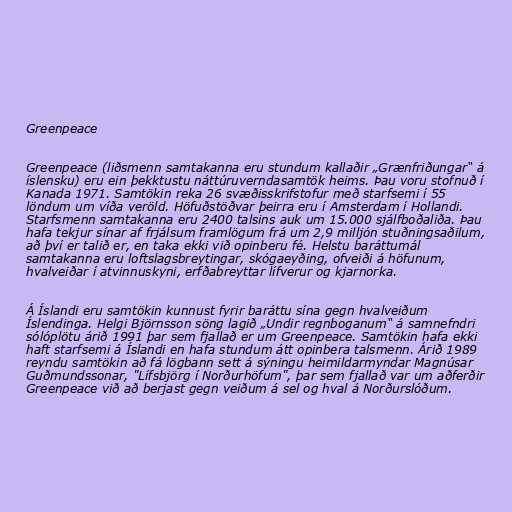
Greenpeace

Greenpeace (liðsmenn samtakanna eru stundum kallaðir „Grænfriðungar“ á
íslensku) eru ein þekktustu náttúruverndasamtök heims. Þau voru stofnuð í
Kanada 1971. Samtökin reka 26 svæðisskrifstofur með starfsemi í 55
löndum um víða veröld. Höfuðstöðvar þeirra eru í Amsterdam í Hollandi.
Starfsmenn samtakanna eru 2400 talsins auk um 15.000 sjálfboðaliða. Þau
hafa tekjur sínar af frjálsum framlögum frá um 2,9 milljón stuðningsaðilum,
að því er talið er, en taka ekki við opinberu fé. Helstu baráttumál
samtakanna eru loftslagsbreytingar, skógaeyðing, ofveiði á höfunum,
hvalveiðar í atvinnuskyni, erfðabreyttar lífverur og kjarnorka.

Á Íslandi eru samtökin kunnust fyrir baráttu sína gegn hvalveiðum
Íslendinga. Helgi Björnsson söng lagið „Undir regnboganum“ á samnefndri
sólóplötu árið 1991 þar sem fjallað er um Greenpeace. Samtökin hafa ekki
haft starfsemi á Íslandi en hafa stundum átt opinbera talsmenn. Árið 1989
reyndu samtökin að fá lögbann sett á sýningu heimildarmyndar Magnúsar
Guðmundssonar, "Lífsbjörg í Norðurhöfum", þar sem fjallað var um aðferðir
Greenpeace við að berjast gegn veiðum á sel og hval á Norðurslóðum.